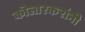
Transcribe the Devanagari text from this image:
कोलारकरांनी